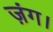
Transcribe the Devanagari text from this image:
ज़ंग।